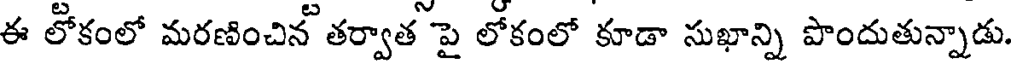
ఈ లోకంలో మరణించిన తర్వాత పై లోకంలో కూడా సుఖాన్ని పొందుతున్నాడు.